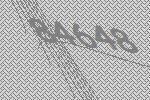
84648